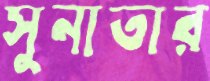
সুনাতার